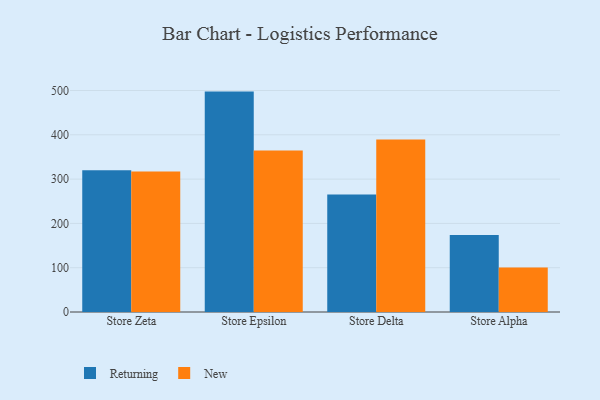
{"axis": {"x": "Store", "y": "Budget (USD K)"}, "legend": ["New", "Returning"], "data": [{"x": "Store Zeta", "y": 319.8, "type": "Returning"}, {"x": "Store Zeta", "y": 316.9, "type": "New"}, {"x": "Store Epsilon", "y": 497.5, "type": "Returning"}, {"x": "Store Epsilon", "y": 364.4, "type": "New"}, {"x": "Store Delta", "y": 265.1, "type": "Returning"}, {"x": "Store Delta", "y": 389.1, "type": "New"}, {"x": "Store Alpha", "y": 174.0, "type": "Returning"}, {"x": "Store Alpha", "y": 100.3, "type": "New"}]}